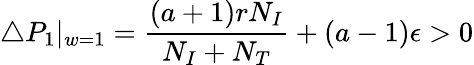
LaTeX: \triangle P_{1}|_{w=1}=\frac{(a+1)rN_{I}}{N_{I}+N_{T}}+(a-1)\epsilon>0